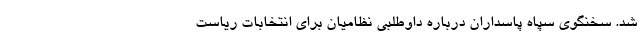
شد. سخنگوی سپاه پاسداران درباره داوطلبی نظامیان برای انتخابات ریاست